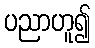
ပညာဟူ၍